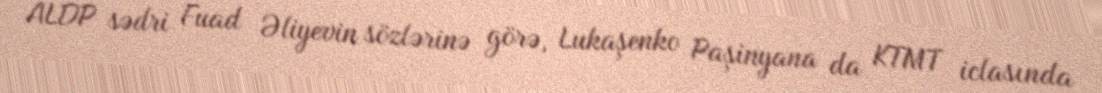
ALDP sədri Fuad Əliyevin sözlərinə görə, Lukaşenko Paşinyana da KTMT iclasında